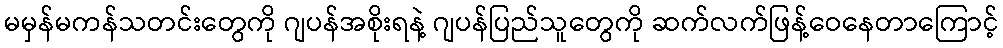
မမှန်မကန်သတင်းတွေကို ဂျပန်အစိုးရနဲ့ ဂျပန်ပြည်သူတွေကို ဆက်လက်ဖြန့်ဝေနေတာကြောင့်